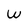
Character: w